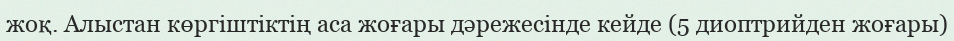
жоқ. Алыстан көргіштіктің аса жоғары дәрежесінде кейде (5 диоптрийден жоғары)